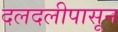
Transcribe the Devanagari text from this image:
दलदलीपासून